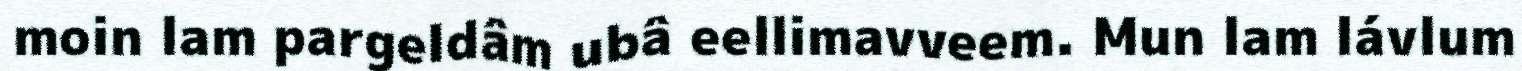
moin lam pargeldâm ubâ eellimavveem. Mun lam lávlum